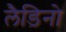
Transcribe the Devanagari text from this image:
लैडिनो